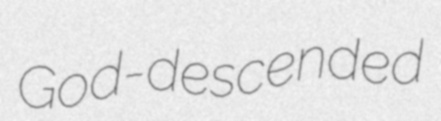
God-descended